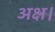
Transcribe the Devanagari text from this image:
अक्ष।